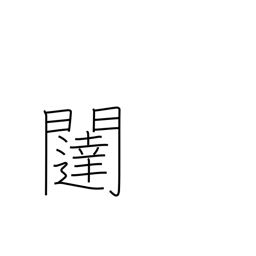
Meaning: gate